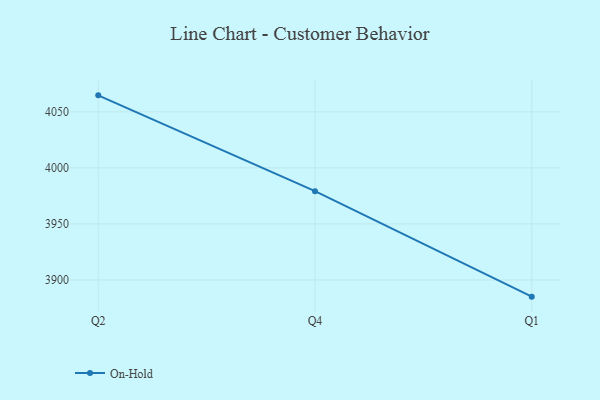
{"axis": {"x": "Quarter", "y": "Churn Rate (%)"}, "legend": ["On-Hold"], "data": [{"x": "Q2", "y": 4064.7, "type": "On-Hold"}, {"x": "Q4", "y": 3979.2, "type": "On-Hold"}, {"x": "Q1", "y": 3885.1, "type": "On-Hold"}]}